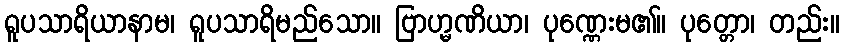
ရူပသာရိယာနာမ၊ ရူပသာရိမည်သော။ ဗြာဟ္မဏိယာ၊ ပုဏ္ဏေးမ၏။ ပုတ္တော၊ တည်း။